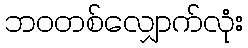
ဘဝတစ်လျှောက်လုံး